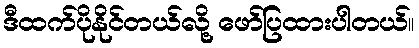
ဒီထက်ပိုနိုင်တယ်လို့ ဖော်ပြထားပါတယ်။